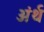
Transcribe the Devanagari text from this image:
अंर्थ